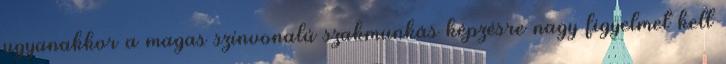
ugyanakkor a magas színvonalú szakmunkás képzésre nagy figyelmet kell